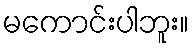
မကောင်းပါဘူး။